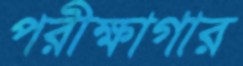
পরীক্ষাগার